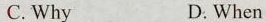
C. Why D. When